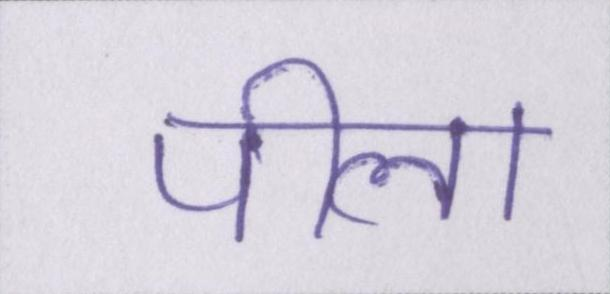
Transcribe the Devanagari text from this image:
पीला